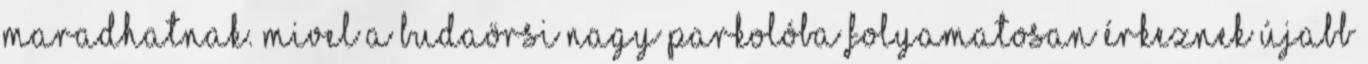
maradhatnak. Mivel a budaörsi nagy parkolóba folyamatosan érkeznek újabb